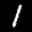
Label: 1